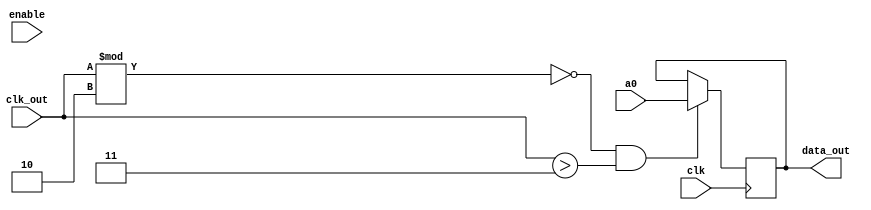
`timescale 1ns / 1ps
//////////////////////////////////////////////////////////////////////////////////
// Company: 
// Engineer: 
// 
// Design Name: 
// Module Name:    arch 
// Project Name: 
// Target Devices: 
// Tool versions: 
// Description: 
//
// Dependencies: 
//
// Revision: 
// Revision 0.01 - File Created
// Additional Comments: 
//
//////////////////////////////////////////////////////////////////////////////////
module arch(
	input clk,
	input enable,
	input [2:0] clk_out,
	input [3:0] a0,
	output [3:0] data_out 
);

reg [3:0] c;
always@(posedge clk)
begin
	if(clk_out%2==0 && clk_out>3)
	begin
		c = a0;
	end
end
assign data_out = c;
endmodule